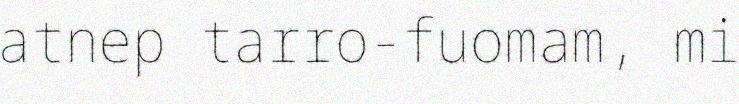
atnep tarro-fuomam, mi